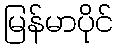
မြန်မာပိုင်